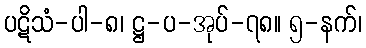
ပဋိသံ-ပါ-၈၊ ဋ္ဌ-ပ-အုပ်-၇၈။ ၅-နက်၊